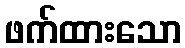
ဖက်ထားသော